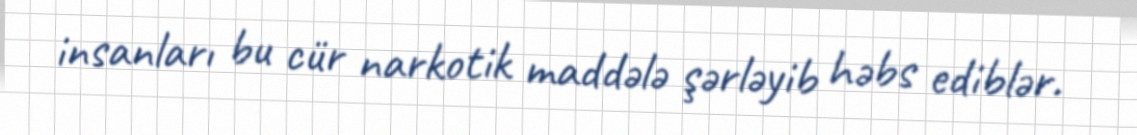
insanları bu cür narkotik maddələ şərləyib həbs ediblər.